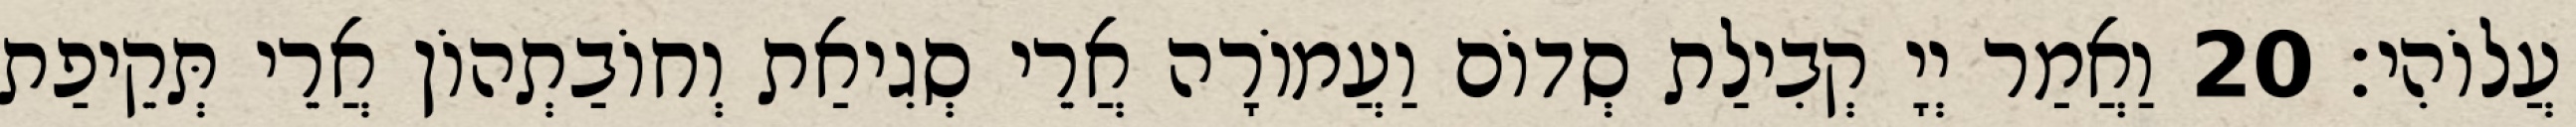
עֲלוֹהִי׃ 20 וַאֲמַר יְיָ קְבִילַת סְדוֹם וַעֲמוֹרָה אֲרֵי סְגִיאַת וְחוֹבַתְהוֹן אֲרֵי תְּקֵיפַת